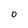
Character: 0